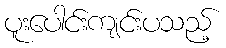
ပူးပေါင်းကျင်းပသည့်